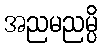
အညမညမ္ပိ